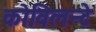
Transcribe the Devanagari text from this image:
कोविलन्टे